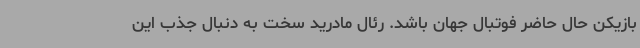
بازیکن حال حاضر فوتبال جهان باشد. رئال مادرید سخت به دنبال جذب این